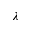
\lambda